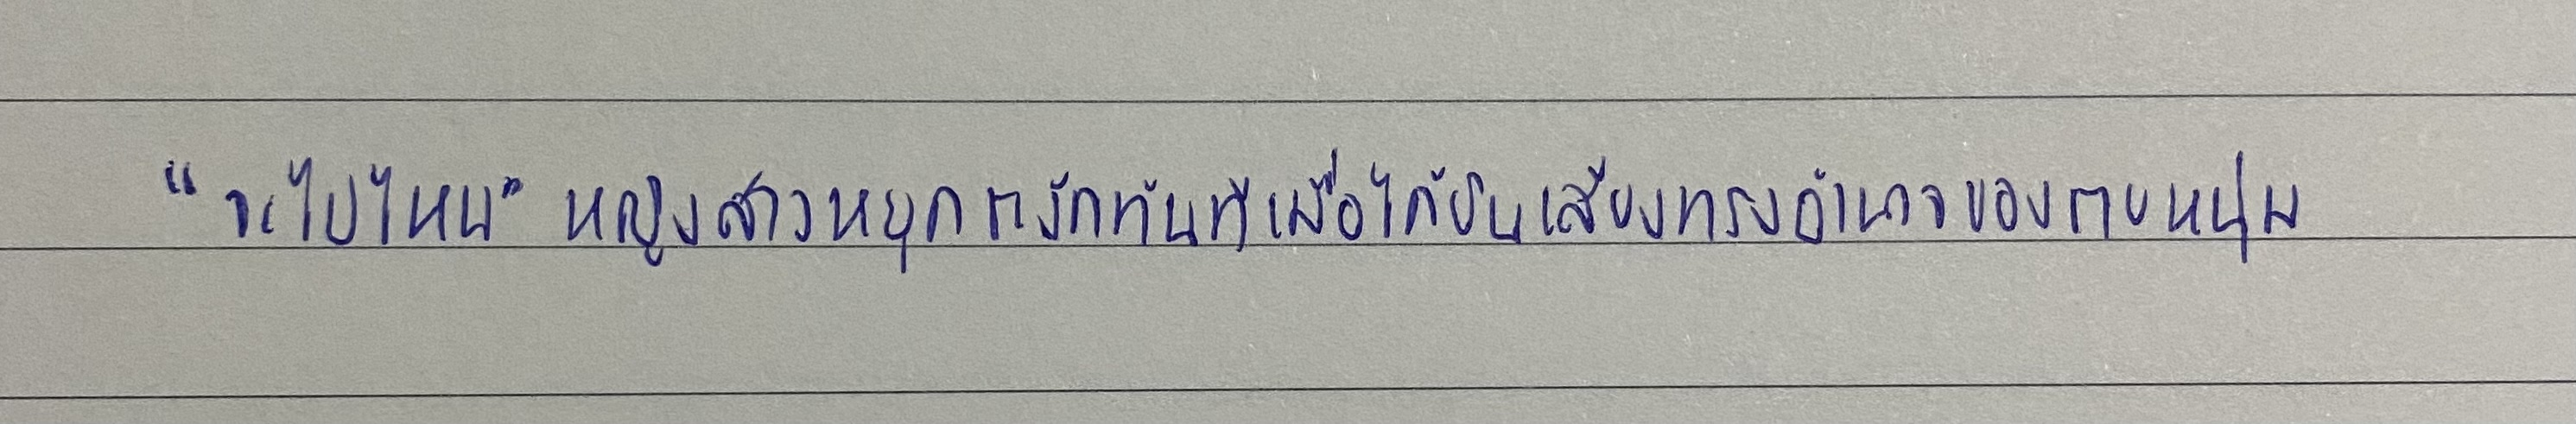
"จะไปไหน"หญิงสาวหยุดชะงักทันทีเมื่อได้ยินเสียงทรงอำนาจของชายหนุ่ม